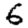
Digit: 6